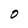
Character: O